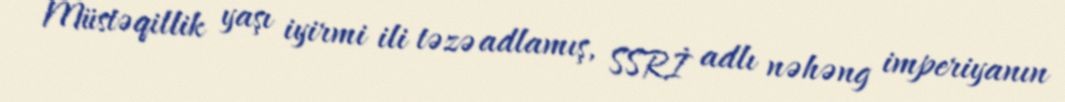
- Müstəqillik yaşı iyirmi ili təzə adlamış, SSRİ adlı nəhəng imperiyanın